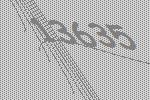
13635